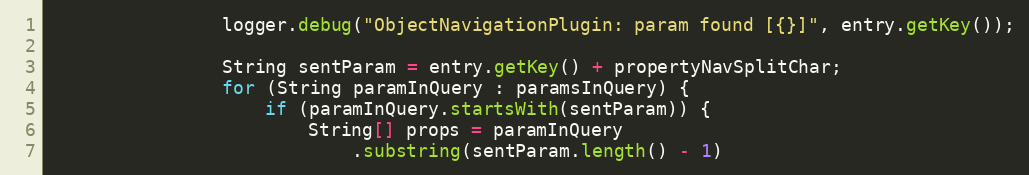
Language: Java
				logger.debug("ObjectNavigationPlugin: param found [{}]", entry.getKey());

				String sentParam = entry.getKey() + propertyNavSplitChar;
				for (String paramInQuery : paramsInQuery) {
					if (paramInQuery.startsWith(sentParam)) {
						String[] props = paramInQuery
							.substring(sentParam.length() - 1)